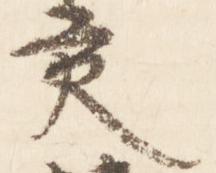
交